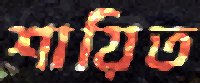
শায়িত